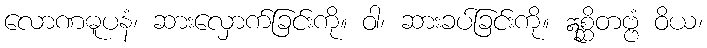
လောဏဓူပနံ၊ ဆားလှောက်ခြင်းကို။ ဝါ၊ ဆားခပ်ခြင်းကို။ ဣစ္ဆိတဗ္ဗံ ဝိယ၊